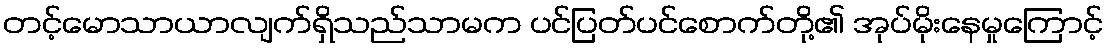
တင့်မောသာယာလျက်ရှိသည်သာမက ပင်ပြတ်ပင်စောက်တို့၏ အုပ်မိုးနေမှုကြောင့်